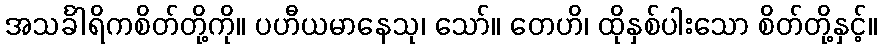
အသင်္ခါရိကစိတ်တို့ကို။ ပဟီယမာနေသု၊ သော်။ တေဟိ၊ ထိုနှစ်ပါးသော စိတ်တို့နှင့်။